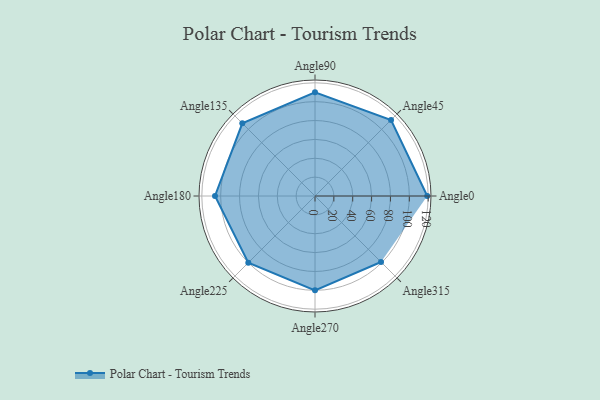
{"axis": {"x": "Angle", "y": "Radius"}, "legend": [""], "data": [{"x": "Angle0", "y": 119.0, "type": ""}, {"x": "Angle45", "y": 114.0, "type": ""}, {"x": "Angle90", "y": 110.0, "type": ""}, {"x": "Angle135", "y": 109.0, "type": ""}, {"x": "Angle180", "y": 106.0, "type": ""}, {"x": "Angle225", "y": 100.0, "type": ""}, {"x": "Angle270", "y": 100.0, "type": ""}, {"x": "Angle315", "y": 99.0, "type": ""}]}